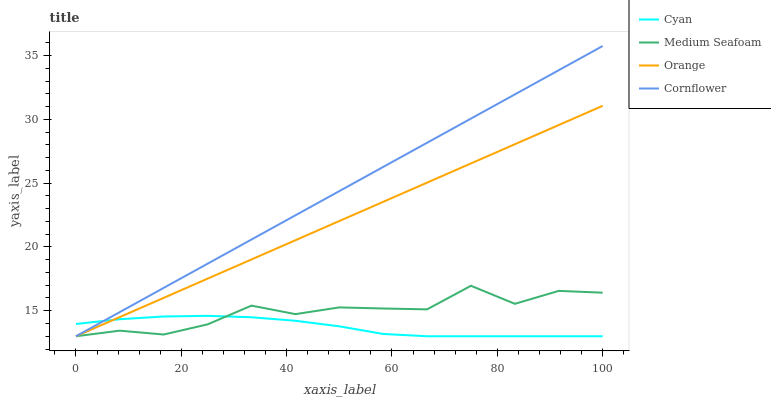
| xaxis_label | Cyan | Medium Seafoam | Orange | Cornflower |
 | --- | --- | --- | --- | --- |
 | 0 | 14 | 13 | 13 | 13 |
 | 8.33 | 14.3 | 13.4 | 14.5 | 14.9 |
 | 16.7 | 14.5 | 13.1 | 16 | 16.8 |
 | 25 | 14.6 | 13.9 | 17.5 | 18.7 |
 | 33.3 | 14.5 | 15.4 | 19 | 20.6 |
 | 41.7 | 14.2 | 14.7 | 20.5 | 22.5 |
 | 50 | 13.8 | 15.3 | 22 | 24.4 |
 | 58.3 | 13.2 | 15.2 | 23.5 | 26.3 |
 | 66.7 | 13 | 15.1 | 25 | 28.2 |
 | 75 | 13 | 17 | 26.5 | 30.1 |
 | 83.3 | 13 | 15.5 | 28.1 | 32 |
 | 91.7 | 13 | 16.6 | 29.6 | 33.9 |
 | 100 | 13 | 16.4 | 31.1 | 35.8 |